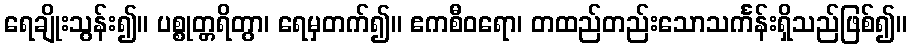
ရေချိုးသွန်း၍။ ပစ္စုတ္တရိတွာ၊ ရေမှတက်၍။ ဧကစီဝရော၊ တထည်တည်းသောသင်္ကန်းရှိသည်ဖြစ်၍။